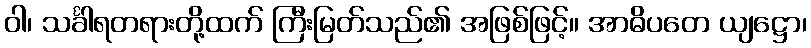
ဝါ၊ သင်္ခါရတရားတို့ထက် ကြီးမြတ်သည်၏ အဖြစ်ဖြင့်။ အာဓိပတေ ယျဋ္ဌော၊